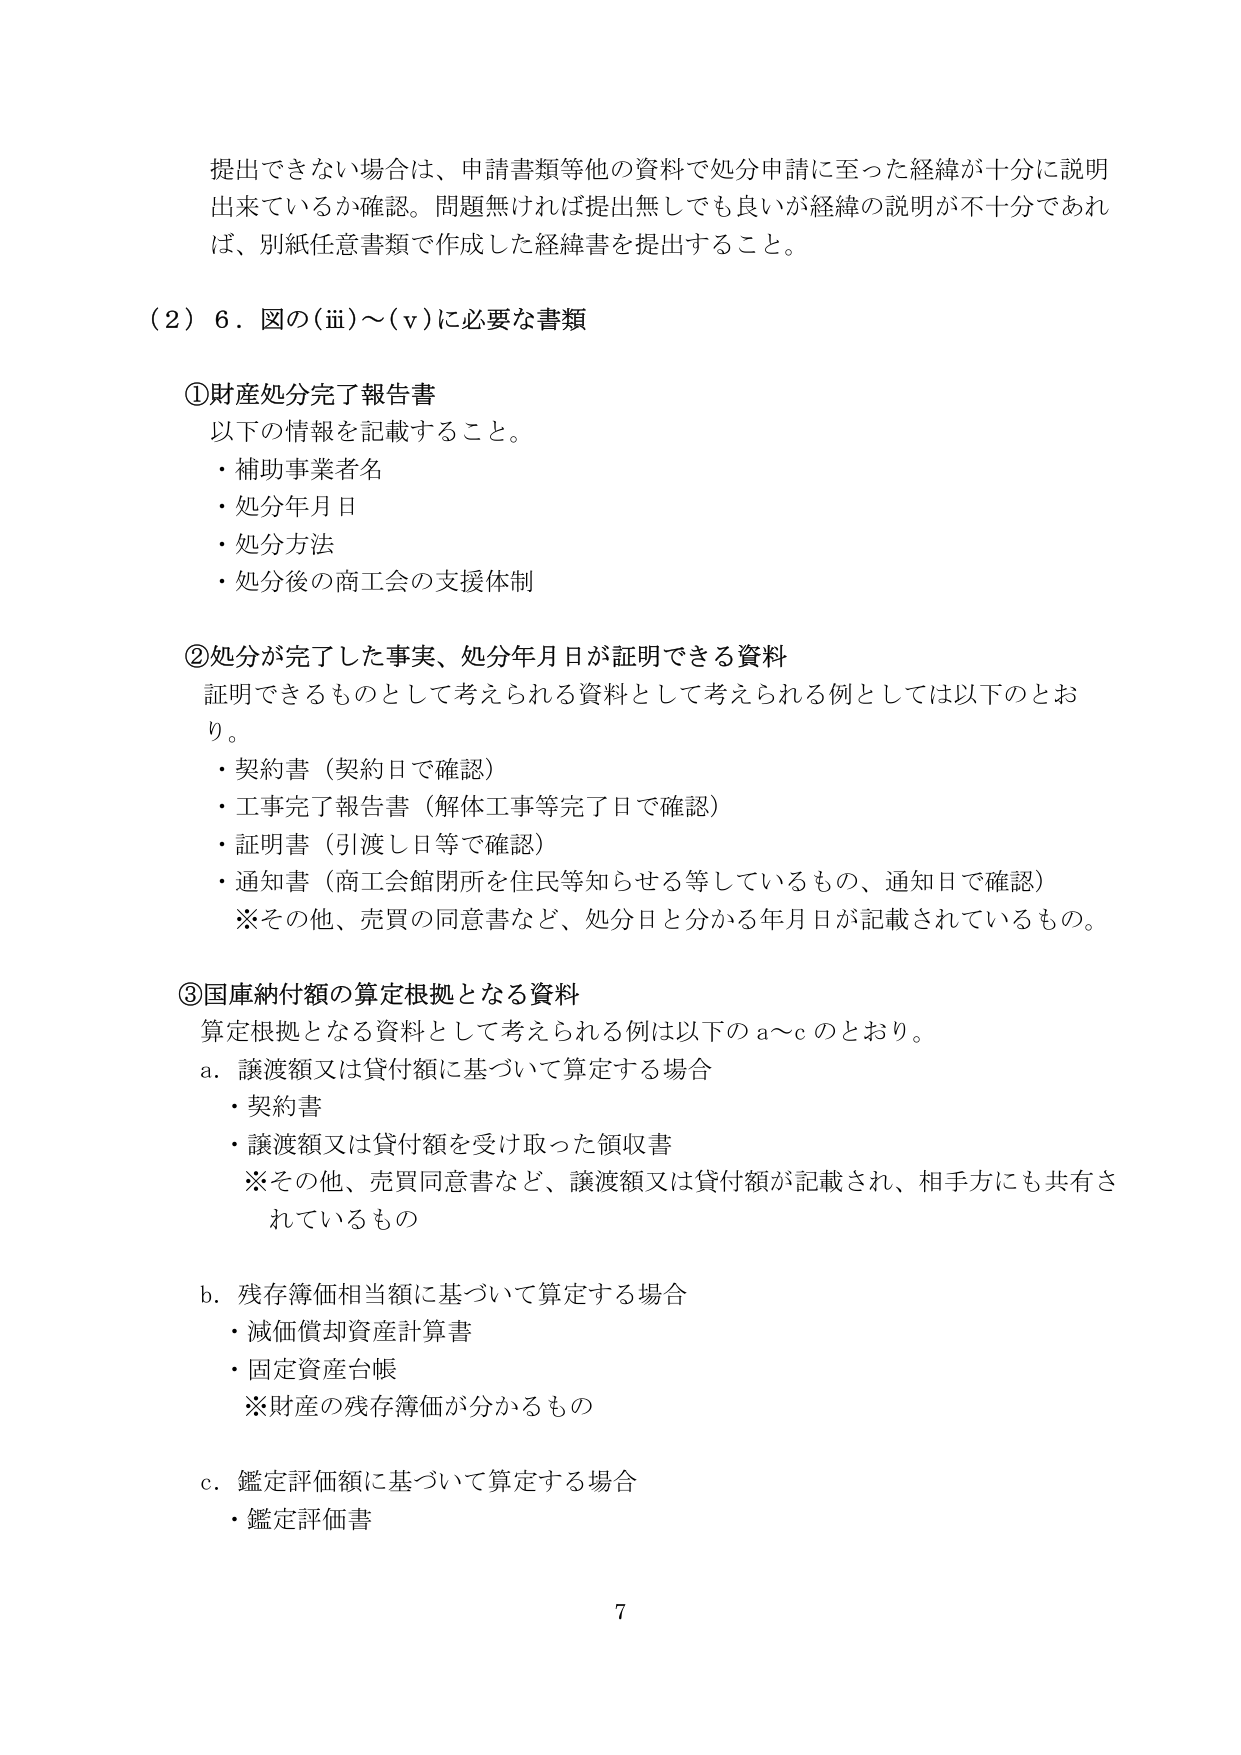
提出できない場合は、申請書類等他の資料で処分申請に至った経緯が十分に説明出来ているか確認。問題無ければ提出無しでも良いが経緯の説明が不十分であれば、別紙任意書類で作成した経緯書を提出すること。

（2）6．図の（iii）～（v）に必要な書類

①財産処分完了報告書
以下の情報を記載すること。
・補助事業者名
・処分年月日
・処分方法
・処分後の商工会の支援体制

②処分が完了した事実、処分年月日が証明できる資料
証明できるものとして考えられる資料として考えられる例としては以下のとおり。
・契約書（契約日で確認）
・工事完了報告書（解体工事等完了日で確認）
・証明書（引渡し日等で確認）
・通知書（商工会館閉所を住民等知らせる等しているもの、通知日で確認）
※その他、売買の同意書など、処分日と分かる年月日が記載されているもの。

③国庫納付額の算定根拠となる資料
算定根拠となる資料として考えられる例は以下のa～cのとおり。
a．譲渡額又は貸付額に基づいて算定する場合
・契約書
・譲渡額又は貸付額を受け取った領収書
※その他、売買同意書など、譲渡額又は貸付額が記載され、相手方にも共有されているもの

b．残存簿価相当額に基づいて算定する場合
・減価償却資産計算書
・固定資産台帳
※財産の残存簿価が分かるもの

c．鑑定評価額に基づいて算定する場合
・鑑定評価書

7